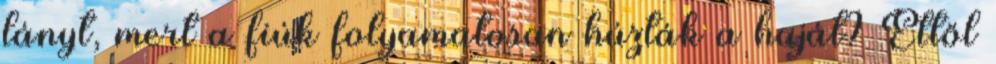
lányt, mert a fiúk folyamatosan húzták a haját? Ettől